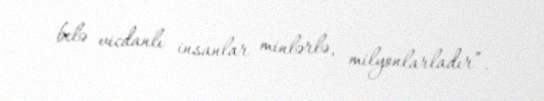
belə vicdanlı insanlar minlərlə, milyonlarladır”.